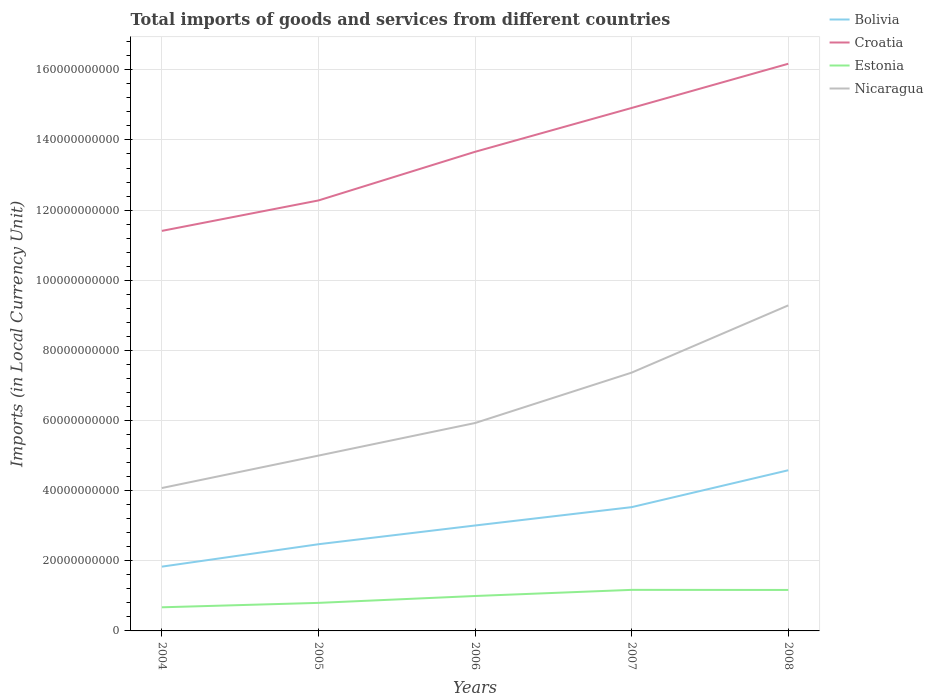
| Years | Bolivia | Croatia | Estonia | Nicaragua |
 | --- | --- | --- | --- | --- |
 | 2004 | 1.83e+10 | 1.14e+11 | 6.74e+09 | 4.07e+10 |
 | 2005 | 2.47e+10 | 1.23e+11 | 8e+09 | 5e+10 |
 | 2006 | 3.01e+10 | 1.37e+11 | 9.96e+09 | 5.93e+10 |
 | 2007 | 3.53e+10 | 1.49e+11 | 1.17e+10 | 7.37e+10 |
 | 2008 | 4.58e+10 | 1.62e+11 | 1.17e+10 | 9.28e+10 |